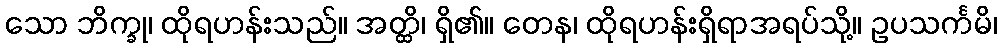
သော ဘိက္ခု၊ ထိုရဟန်းသည်။ အတ္ထိ၊ ရှိ၏။ တေန၊ ထိုရဟန်းရှိရာအရပ်သို့။ ဥပသင်္ကမိ၊